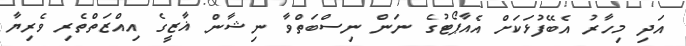
އަދި މިހާރު އެބޭފުޅަކަށް އެއާޕޯޓުގެ ނަން ނިސްބަތްވާ ނިޝާން ޣާޒީގެ އިއްޒަތްތެރި ވެރިޔާ